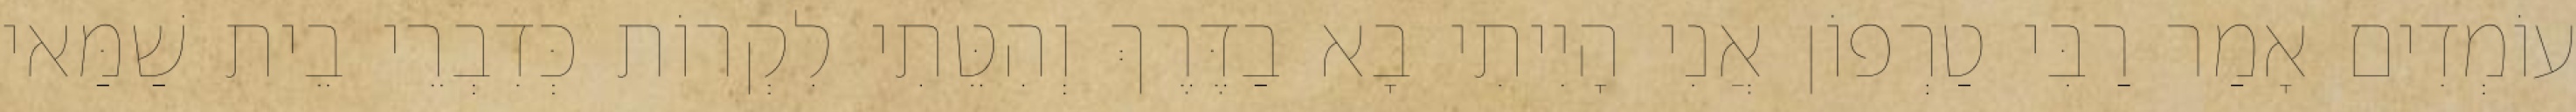
עוֹמְדִים אָמַר רַבִּי טַרְפוֹן אֲנִי הָיִיתִי בָא בַדֶּרֶךְ וְהִטֵּתִי לִקְרוֹת כְּדִבְרֵי בֵית שַׁמַּאי